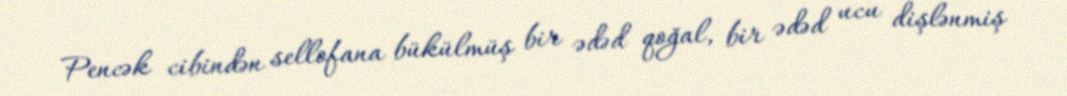
Pencək cibindən sellofana bükülmüş bir ədəd qoğal, bir ədəd ucu dişlənmiş